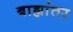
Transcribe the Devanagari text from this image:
बाह्यांतर